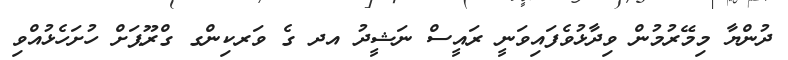
ދުންޔާ މިމޭރުމުން ވިދާޅުވެފައިވަނީ ރައީސް ނަޝީދު އދ ގެ ވަރކިންގ ގްރޫޕަށް ހުށަހެޅުއްވި